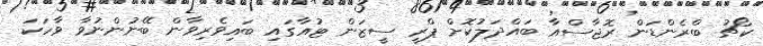
ކޯޗު ބްރެންޑަން ރޮޖާސްއާ ބައްދަލުކޮށް ޕްރީ ސީޒަން ޓުއާގައި ބައިވެރިވާން ބޭނުންނުވާ ވާހަކަ